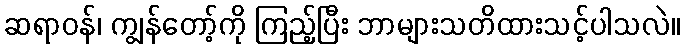
ဆရာဝန်၊ ကျွန်တော့်ကို ကြည့်ပြီး ဘာများသတိထားသင့်ပါသလဲ။